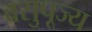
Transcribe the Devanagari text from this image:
वसुपूज्य